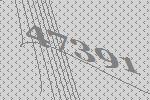
47391